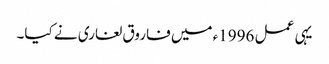
یہی عمل 1996ء میں فاروق لغاری نے کیا۔